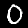
Label: 0